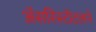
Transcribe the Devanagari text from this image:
अॅसरिस्टॉटलने